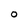
Character: O